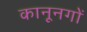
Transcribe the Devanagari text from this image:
कानूनगों